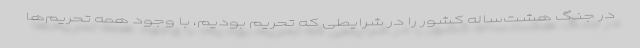
در جنگ هشت‌ساله کشور را در شرایطی که تحریم بودیم، با وجود همه تحریم‌ها